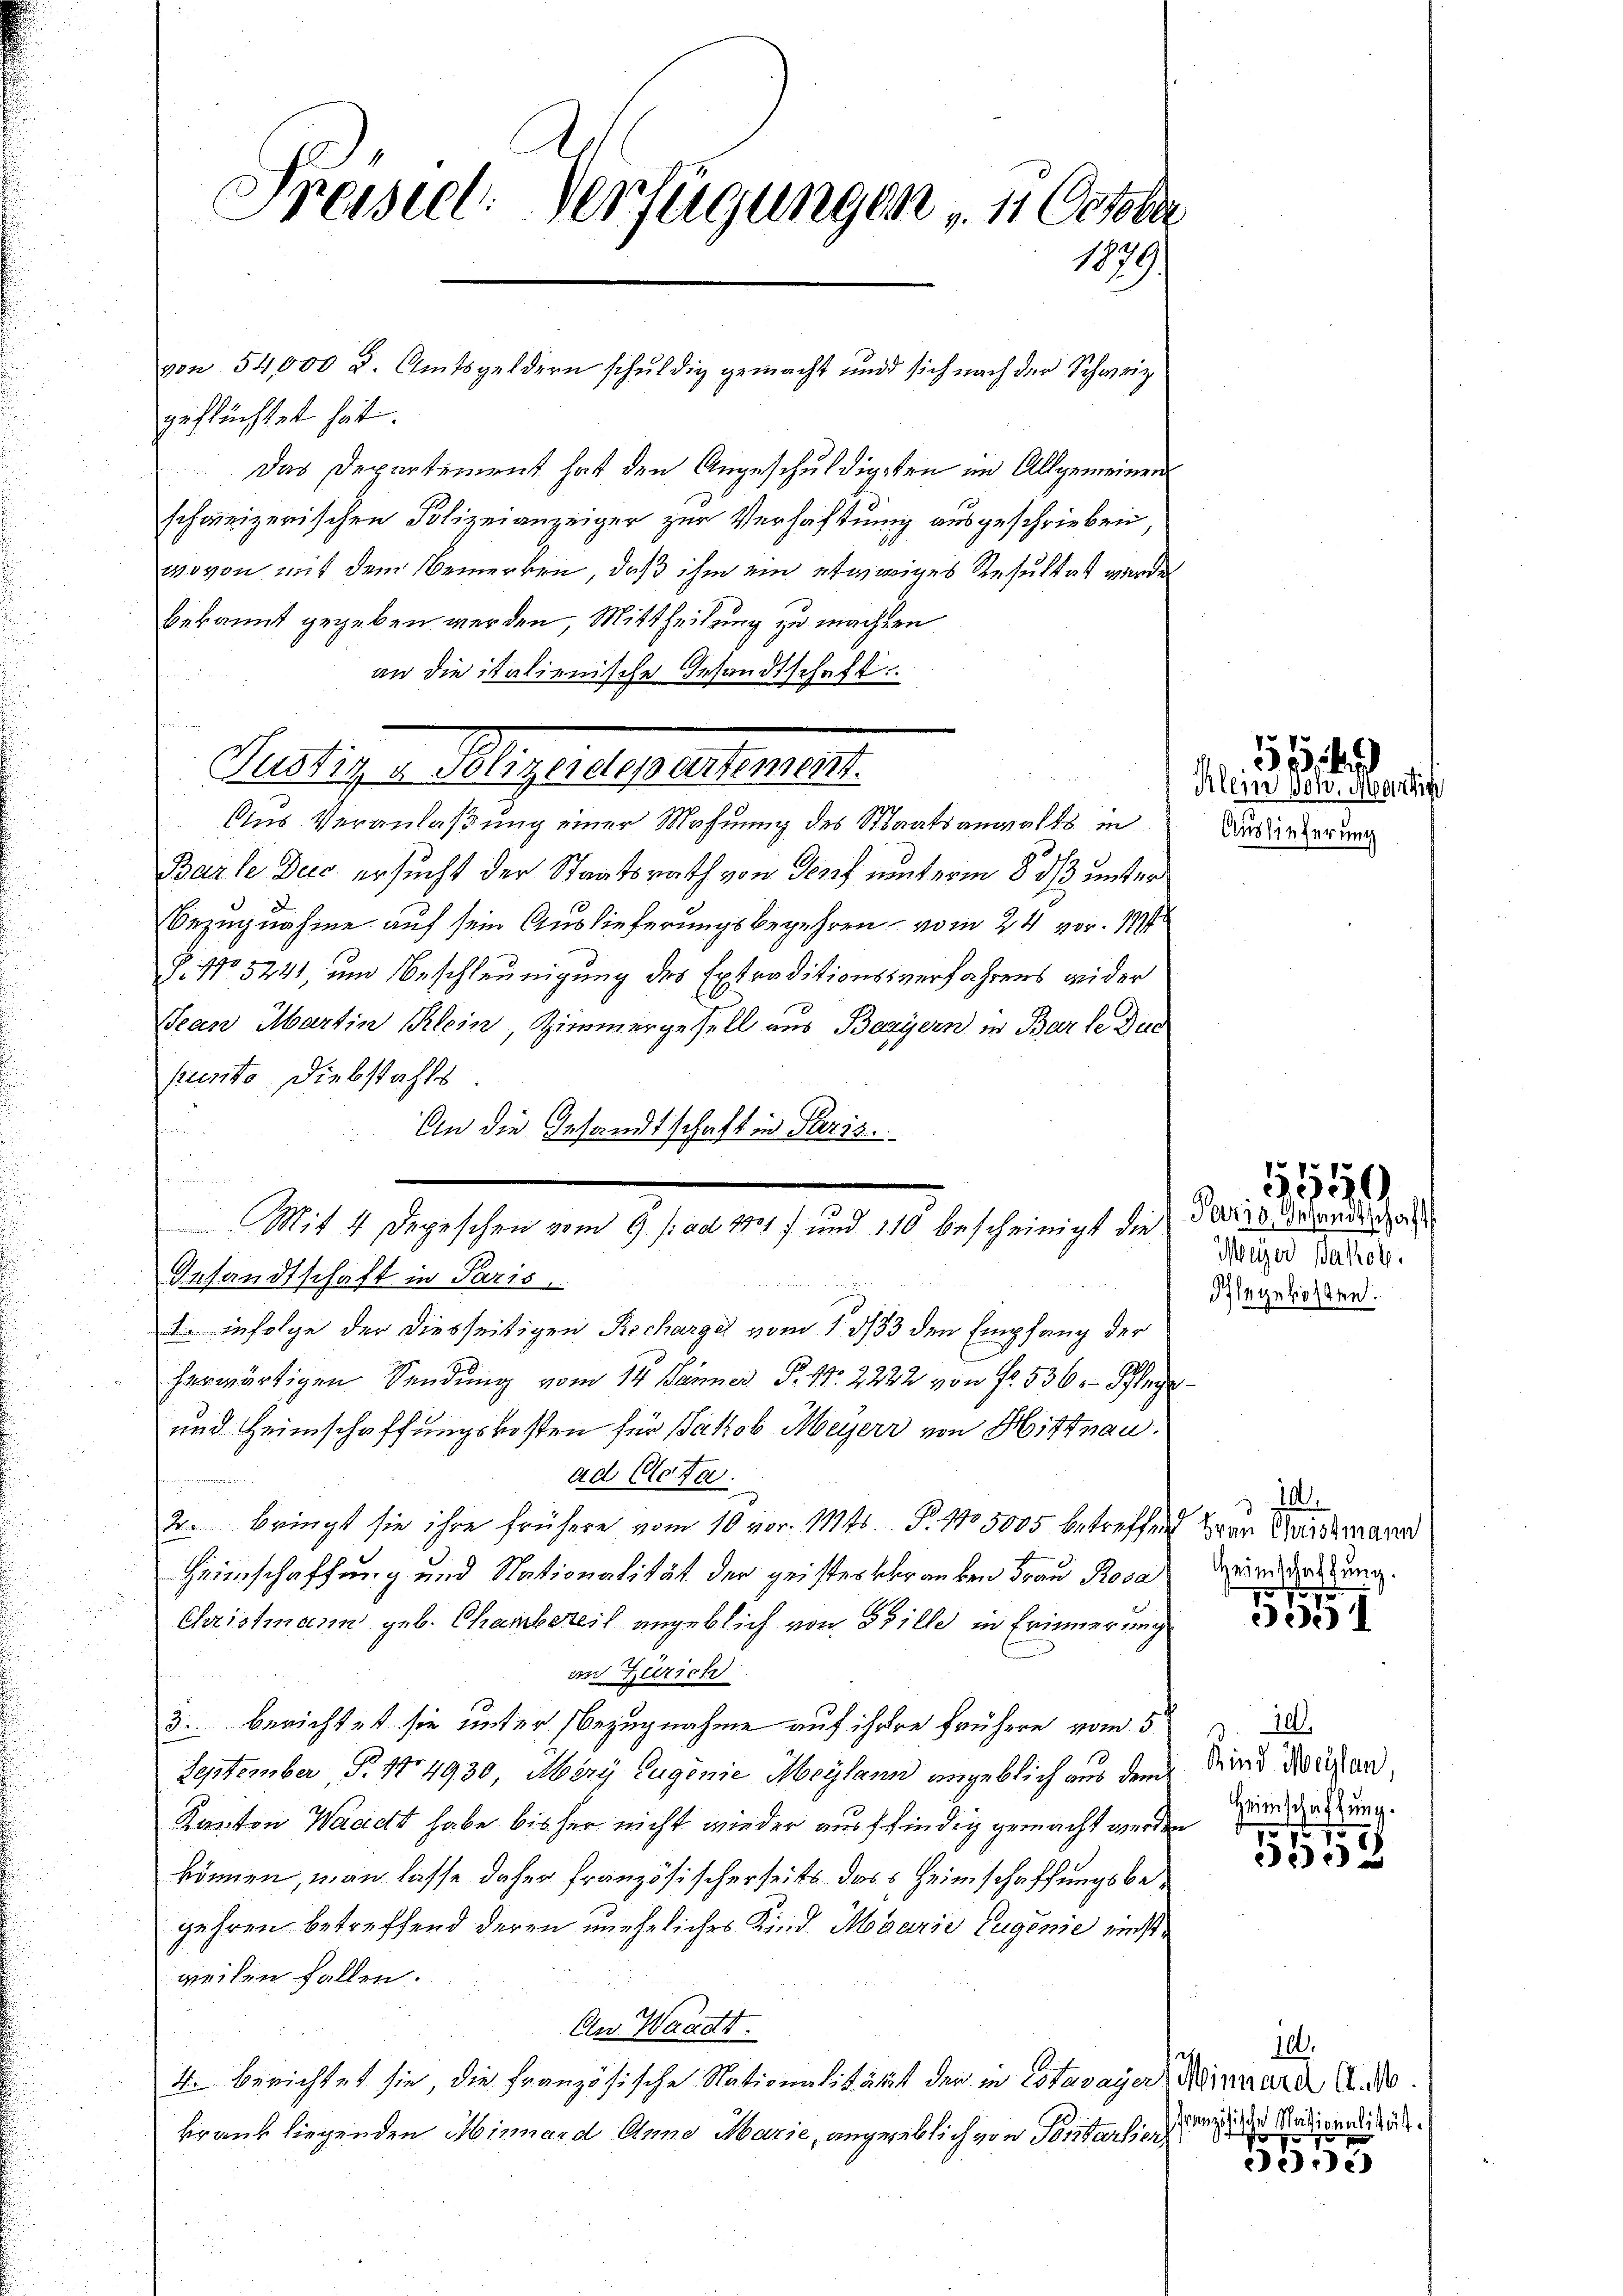
Preiseel. Verfügungen u. 11 October
1879.

geflüchtet hat.
Das Departement hat den Angeschuldigsten im Allgemeinen
schweizerischen Polizeianzeiger zur Verhaftung ausgeschrieben,
wovon mit dem Bemerken, daß ihm ein etwaiges Resultat werden
bekannt gegeben werden, Mittheilung zu machten
 Fett
an die italienische Gesandtschaft
Aus Veranlaßung einer Mahnung des Staatsanwalts in
Barle Dec. ersucht der Staatsrath von Genf unterm 8. ds unter
D
Bezugnahme auf sein Auslieferungsbegehren, vom 24. vor. 1794
. No 5241, um Beschleunigung des Extraditionssverfahrens wider
Jean Martin Klein, Zimmergesell aus Bayern in Barte Dur
punto Diebstahls
g
An die Gesandtschaft in Paris.
 2

Gesandtschaft in Paris,
 infolge der diesseitigen Recharge vom 1. 3133 den Empfang der
herwärtigen Sendung vom 14. Jänner P. Nr. 2222 von Fr. 536. Sege
und Heimschaffungskosten für Jakob Meyerr von Hittnau.
ad Acta.
2. bringt sie ihre frühere vom 10. vor. Mts. S. 105005 betreffend zur Anstmann
Heimschaffung und Nationalität der geister kranken Frau Rosa
Christmann geb. Chambereit angeblich von Bille in Erinnerung
an Zürich
3. berichtet sie unter Bezugnahme auf ihrere frühere vom 5
September, P. Nr. 4930, Merz Eugenie Maylann angeblich aus dem
Kanton Waadt habe bisher nicht wieder ausfindig gemacht werden
können, man lasse daher französischerseits dass Heimschaffungsbegehren betreffend deren uneheliches Kind Marie Eugenie einstweilen fallen.
An Waadt.
4. berichtet sie, die französische Nationalitätst der in Estavayer Meinward S.
krank liegenden Minnard Anna Marie, angegeblich von Portartien

von 54,000 d. Amtsgeldern schŭldig gemacht und sich nach der Schweiz.

Aldigen Mengelegattenen

Mit 4 Depeschen vom 9. /: ad 1381 und 110 bescheinigt die

Klein Polo. Marti
Auslieferung

55

Paris, Gesandtschaft
Meyer Jakob.
dise gekosten.

540

10
Heimschaffung.
e

5351

3.10.
Kind Weilen,
Heimschaftung.

550

10.
französische Massionalität.

500